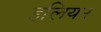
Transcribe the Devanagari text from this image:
इलियन